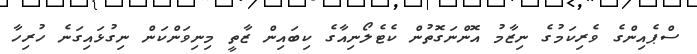
ސްޕެއިންގެ ވެރިކަމުގެ ނިޒާމު އޮންނަގޮތުން ކެޓެލޯނިއާގެ ކިބައިން ޒާތީ މިނިވަންކަން ނިގުޅައިގަނެ ހުރިހާ